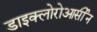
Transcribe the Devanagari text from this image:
डाइक्लोरोआर्सीन